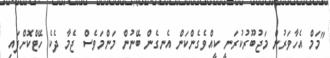
"މަމް އެހާވަރުން މަޖުބޫރުކުރަނީ ކީއްވެގެންކަން އެނގެން ބޭނުން މަންމަވެސް ޖެމާ ދެކެ ހޭޓްކޮށްފައި